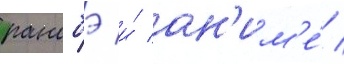
ранобэ и́ ан'им'е́ /